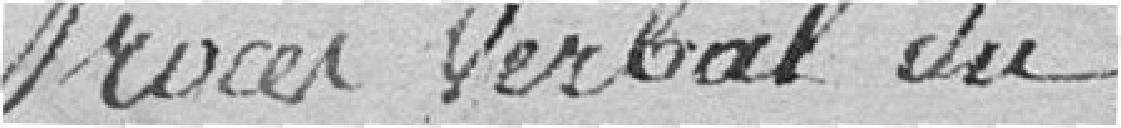
Procès verbal du